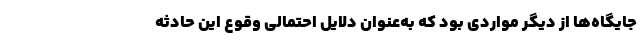
جایگاه‌ها از دیگر مواردی بود که به‌عنوان دلایل احتمالی وقوع این حادثه